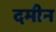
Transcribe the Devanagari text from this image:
दमीन